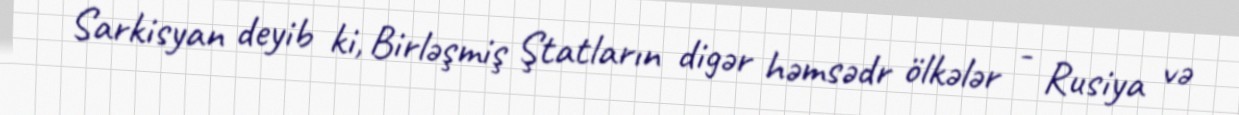
Sarkisyan deyib ki, Birləşmiş Ştatların digər həmsədr ölkələr - Rusiya və